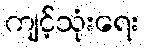
ကျင့်သုံးရေး